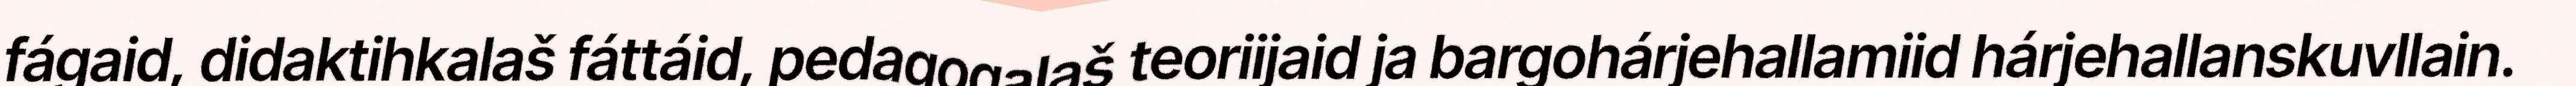
fágaid, didaktihkalaš fáttáid, pedagogalaš teoriijaid ja bargohárjehallamiid hárjehallanskuvllain.